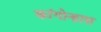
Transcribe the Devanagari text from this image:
कांगोन्हास